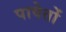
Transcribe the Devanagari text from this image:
पावेतों